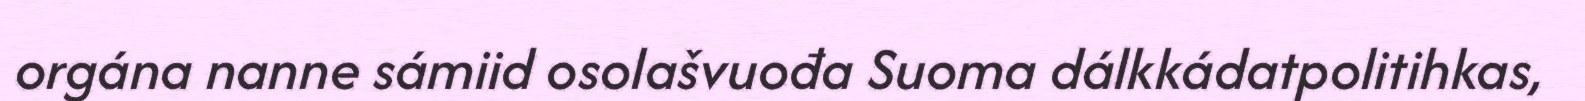
orgána nanne sámiid osolašvuođa Suoma dálkkádatpolitihkas,